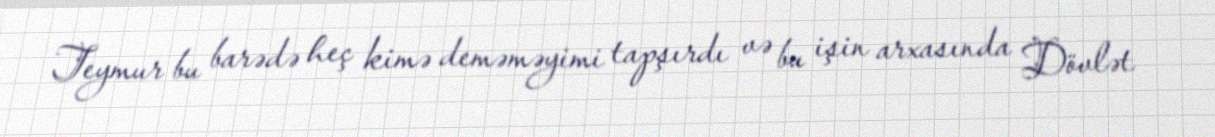
Teymur bu barədə heç kimə deməməyimi tapşırdı və bu işin arxasında Dövlət